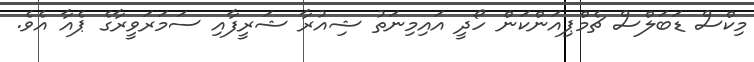
މިކްސް ޑަބަލްސް ޗެމްޕިއަންކަން ހޯދީ އައިމިނަތު ޝިއުރާ ޝަރީފާއި ސަމަރަވީރާގެ ޕެއާ އެވެ.